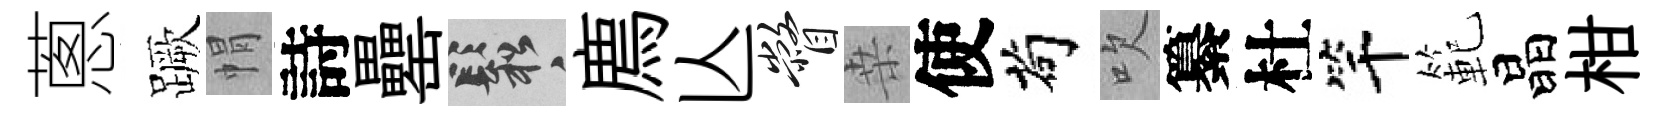
蔥蹶㡌詩罍鬆廌亾瞥桒使茍吹纂杜竿範晶柑